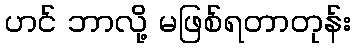
ဟင် ဘာလို့ မဖြစ်ရတာတုန်း